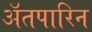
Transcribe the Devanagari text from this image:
अॅतपारिन